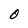
Character: O